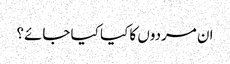
ان مردوں کا کیا کیا جائے؟